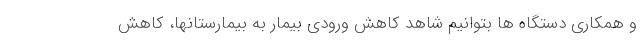
و همکاری دستگاه ها بتوانیم شاهد کاهش ورودی بیمار به بیمارستانها، کاهش